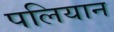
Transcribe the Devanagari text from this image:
पलियान